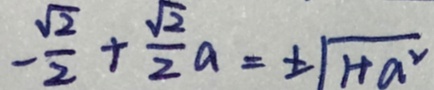
- \frac { \sqrt { 2 } } { 2 } + \frac { \sqrt { 2 } } { 2 } a = \pm \sqrt { 1 + a ^ { 2 } }